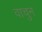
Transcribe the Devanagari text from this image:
वाचुन